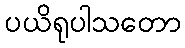
ပယိရုပါသတော